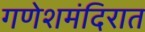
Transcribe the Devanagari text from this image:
गणेशमंदिरात